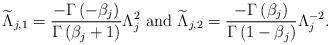
LaTeX: \begin{align*}\widetilde{\Lambda}_{j,1} = \frac{- \Gamma\left( -\beta_j \right)}{\Gamma\left( \beta_j + 1 \right)}\Lambda_{j}^{2} \mbox{ and } \widetilde{\Lambda}_{j,2} = \frac{- \Gamma\left( \beta_j \right)}{\Gamma\left(1-\beta_j\right)}\Lambda_{j}^{-2}.\end{align*}